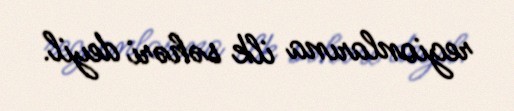
regionlarına ilk səhəri deyil.